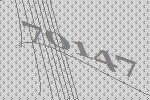
70147